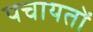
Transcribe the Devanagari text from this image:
पचायतों